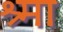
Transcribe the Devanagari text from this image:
श्र्मा